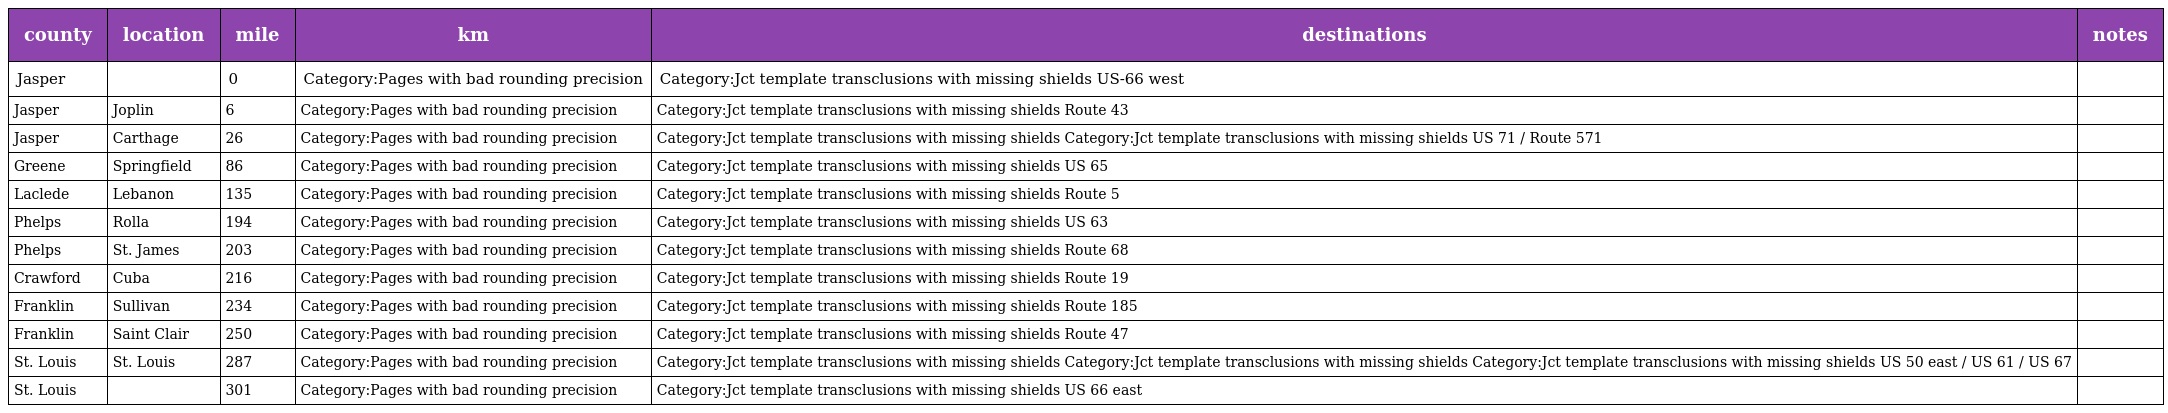
| county | location | mile | km | destinations | notes |
 | --- | --- | --- | --- | --- | --- |
 | Jasper |  | 0 | Category:Pages with bad rounding precision | Category:Jct template transclusions with missing shields US-66 west |  |
 | Jasper | Joplin | 6 | Category:Pages with bad rounding precision | Category:Jct template transclusions with missing shields Route 43 |  |
 | Jasper | Carthage | 26 | Category:Pages with bad rounding precision | Category:Jct template transclusions with missing shields Category:Jct template transclusions with missing shields US 71 / Route 571 |  |
 | Greene | Springfield | 86 | Category:Pages with bad rounding precision | Category:Jct template transclusions with missing shields US 65 |  |
 | Laclede | Lebanon | 135 | Category:Pages with bad rounding precision | Category:Jct template transclusions with missing shields Route 5 |  |
 | Phelps | Rolla | 194 | Category:Pages with bad rounding precision | Category:Jct template transclusions with missing shields US 63 |  |
 | Phelps | St. James | 203 | Category:Pages with bad rounding precision | Category:Jct template transclusions with missing shields Route 68 |  |
 | Crawford | Cuba | 216 | Category:Pages with bad rounding precision | Category:Jct template transclusions with missing shields Route 19 |  |
 | Franklin | Sullivan | 234 | Category:Pages with bad rounding precision | Category:Jct template transclusions with missing shields Route 185 |  |
 | Franklin | Saint Clair | 250 | Category:Pages with bad rounding precision | Category:Jct template transclusions with missing shields Route 47 |  |
 | St. Louis | St. Louis | 287 | Category:Pages with bad rounding precision | Category:Jct template transclusions with missing shields Category:Jct template transclusions with missing shields Category:Jct template transclusions with missing shields US 50 east / US 61 / US 67 |  |
 | St. Louis |  | 301 | Category:Pages with bad rounding precision | Category:Jct template transclusions with missing shields US 66 east |  |